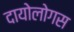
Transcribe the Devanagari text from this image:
दायोलोगस